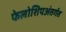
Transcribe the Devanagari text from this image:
फेलोशिपअंतर्गत